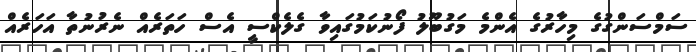
ސަމްސަންގުގެ މިހާރުގެ އެންމެ މަގުބޫލު ފޯނުކަމުގައިވާ ގެލެކްސީ އެސް ހަތަރެއް ނެރުނުތާ އަހަރެއް